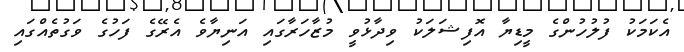
އެކަމަކު ފުލުހުންގެ މީޑިޔާ އޮފިޝަލަކު ވިދާޅުވީ މުޒާހަރާގައި އަނިޔާވެ އެރޭގެ ފަހުގެ ވަގުތެއްގައި